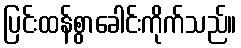
ပြင်းထန်စွာခေါင်းကိုက်သည်။